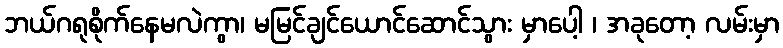
ဘယ်ဂရုစိုက်နေမလဲကွာ၊ မမြင်ချင်ယောင်ဆောင်သွား မှာပေါ့ ၊ အခုတော့ လမ်းမှာ